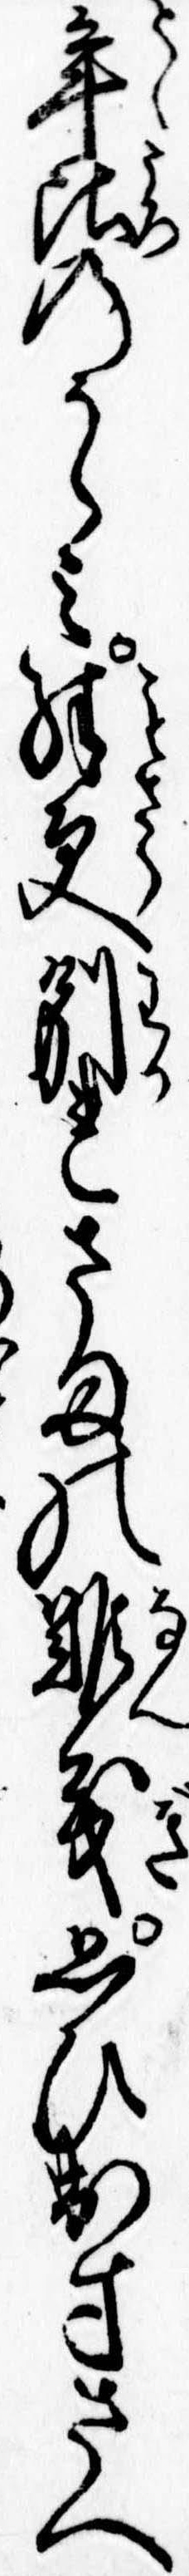
年比のうらみ殊更別れさまの難義思ひ出すさへ